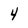
Character: 4